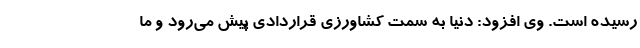
رسیده است. وی افزود: دنیا به سمت کشاورزی قراردادی پیش می‌رود و ما